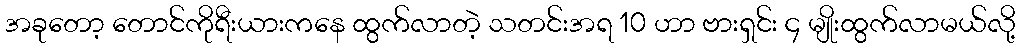
အခုတော့ တောင်ကိုရီးယားကနေ ထွက်လာတဲ့ သတင်းအရ 10 ဟာ ဗားရှင်း ၄ မျိုးထွက်လာမယ်လို့